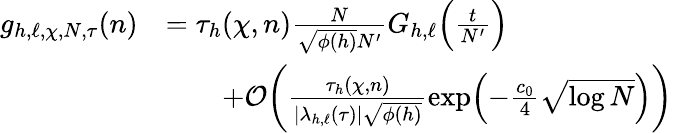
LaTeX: \begin{array}{rl}{g_{h,\ell,\chi,N,\tau}(n)}&{=\tau_{h}(\chi,n)\frac{N}{\sqrt{\phi(h)}N^{\prime}}G_{h,\ell}\Bigl(\frac{t}{N^{\prime}}\Bigr)}\\ &{\qquad+\mathcal{O}\biggl(\frac{\tau_{h}(\chi,n)}{|\lambda_{h,\ell}(\tau)|\sqrt{\phi(h)}}\exp\Bigl(-\frac{c_{0}}{4}\sqrt{\log N}\Bigr)\biggr)}\end{array}